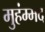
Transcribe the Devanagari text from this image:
मुहंम्मद